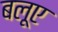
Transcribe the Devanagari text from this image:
बलूए